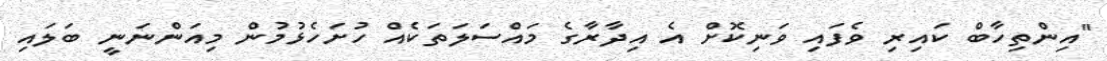
"އިންތިހާބް ކައިރި ވެފައި ވަނިކޮށް އެ އިދާރާގެ މައްސަލަތަކެއް ހުށަހެޅުމުން މިއަންނަނީ ބަލައި